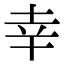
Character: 㚔